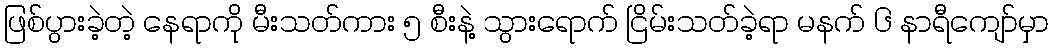
ဖြစ်ပွားခဲ့တဲ့ နေရာကို မီးသတ်ကား ၅ စီးနဲ့ သွားရောက် ငြိမ်းသတ်ခဲ့ရာ မနက် ၆ နာရီကျော်မှာ